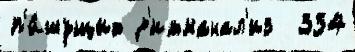
п'и́шущих р'итманал'из  334